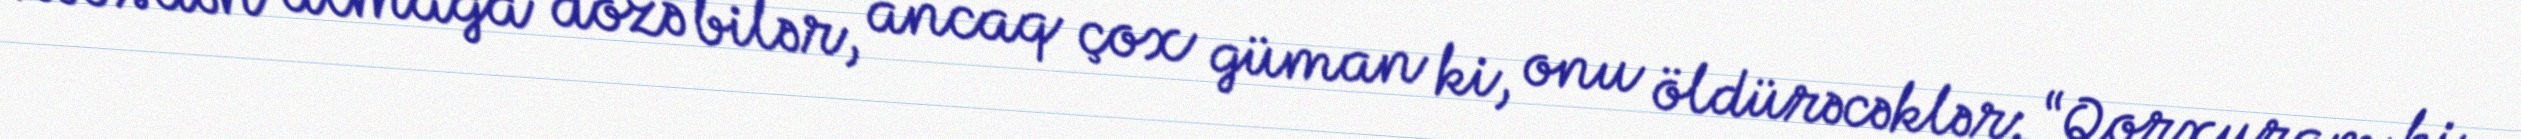
həbsdən almağa dözə bilər, ancaq çox güman ki, onu öldürəcəklər: “Qorxuram ki,